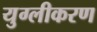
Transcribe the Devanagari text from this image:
युग्लीकरण